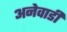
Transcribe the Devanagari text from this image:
अनेवाडी